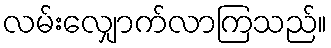
လမ်းလျှောက်လာကြသည်။